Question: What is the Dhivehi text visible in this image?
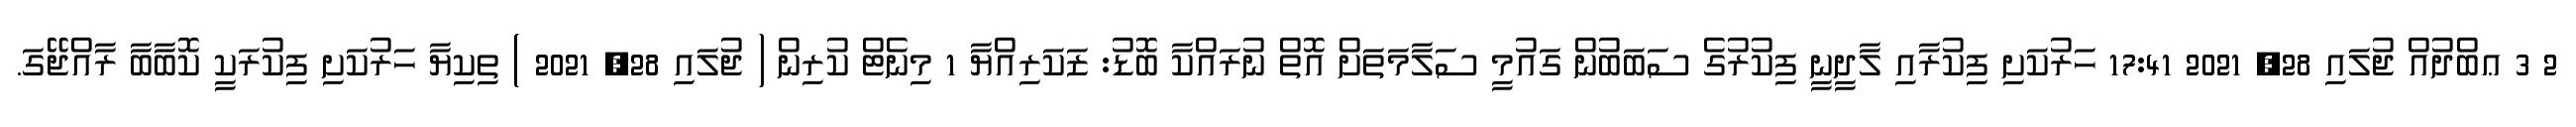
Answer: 2 3 ޢބްދުއް ޖުލައި 28, 2021 17:41 ހަރުކަށި ފިކުރާއި ލާދީނީ ފިކުރުގެ ސަބަބުން ގައުމީ ސަލާމަތަށް އޮތް ނުރައްކާ ބޮޑު: ޒަކަރިއްޔާ 1 މިނެޓް ކުރިން ( ޖުލައި 28, 2021 ) ތިކިޔާ ހަރުކަށި ފިކުރަކީ ކޮބާބާ ރާއްޖޭގަ.